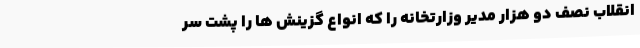
انقلاب نصف دو هزار مدیر وزارتخانه را که انواع گزینش ها را پشت سر